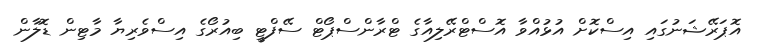
އޮޕަރޭޝަނުގައި އިސްކޮށް އުޅުއްވާ އޮސްޓްރޭލިއާގެ ޓްރާންސްޕޯޓް ސޭފްޓީ ބިއުރޯގެ އިސްވެރިޔާ މާޓިން ޑޮލާން